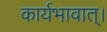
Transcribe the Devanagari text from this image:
कार्यभावात्।